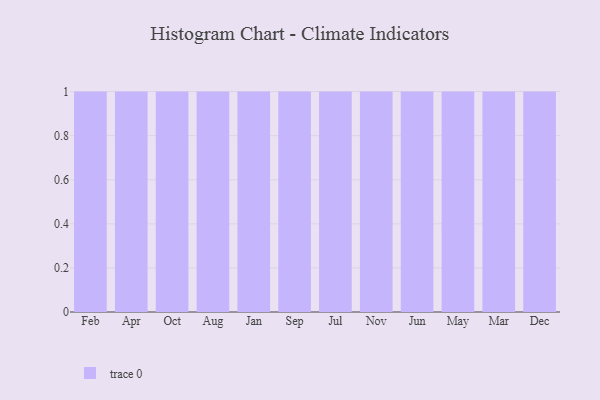
{"axis": {"x": "Month", "y": "LTV (USD)"}, "legend": [""], "data": [{"x": "Feb", "y": 89, "type": ""}, {"x": "Apr", "y": 25, "type": ""}, {"x": "Oct", "y": 74, "type": ""}, {"x": "Aug", "y": 62, "type": ""}, {"x": "Jan", "y": 15, "type": ""}, {"x": "Sep", "y": 82, "type": ""}, {"x": "Jul", "y": 50, "type": ""}, {"x": "Nov", "y": 19, "type": ""}, {"x": "Jun", "y": 17, "type": ""}, {"x": "May", "y": 99, "type": ""}, {"x": "Mar", "y": 28, "type": ""}, {"x": "Dec", "y": 36, "type": ""}]}